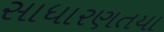
સાધારણતયા